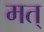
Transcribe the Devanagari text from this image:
मत्